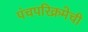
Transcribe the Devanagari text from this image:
पंचपरिक्रमेची